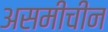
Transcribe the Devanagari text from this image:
असमीचीन